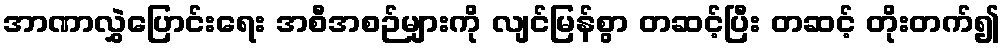
အာဏာလွှဲပြောင်းရေး အစီအစဉ်များကို လျင်မြန်စွာ တဆင့်ပြီး တဆင့် တိုးတက်၍